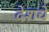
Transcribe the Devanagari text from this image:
देशचे